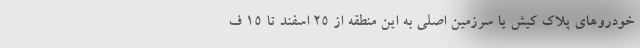
خودروهای پلاک کیش یا سرزمین اصلی به این منطقه از 25 اسفند تا 15 ف